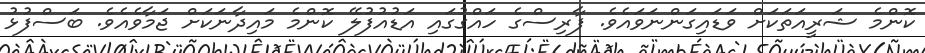
ކޮންމެ ޝަރީއަތަކަށް ވަޑައިގަންނަވައެވެ. ފާރިސްގެ ހައްގުގައި އަޑުއުފުލޭ ކޮންމެ މައިދާނަކަށް ޖަމާވެއެވެ. ބަސްފުޅު